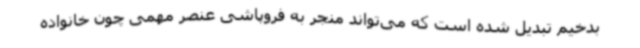
بدخیم تبدیل شده است که می‌تواند منجر به فروپاشی عنصر مهمی چون خانواده